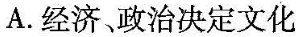
A.经济，政治决定文化